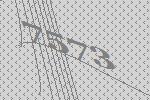
7573